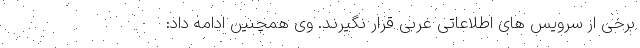
برخی از سرویس های اطلاعاتی غربی قرار نگیرند. وی همچنین ادامه داد: